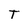
Character: T